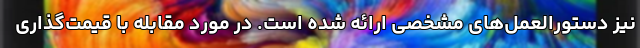
نیز دستورالعمل‌های مشخصی ارائه شده است. در مورد مقابله با قیمت‌گذاری